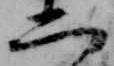
二